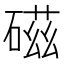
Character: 𥔵